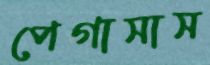
পেগাসাস